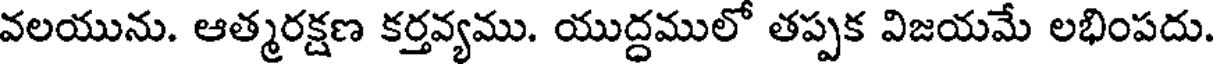
వలయును. ఆత్మరక్షణ కర్తవ్యము. యుద్దములో తప్పక విజయమే లభింపదు.